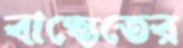
বাস্তেতের